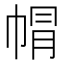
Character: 㡌